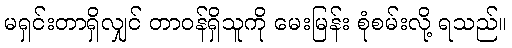
မရှင်းတာရှိလျှင် တာဝန်ရှိသူကို မေးမြန်း စုံစမ်းလို့ ရသည်။